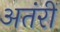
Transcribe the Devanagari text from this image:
अतंरीं